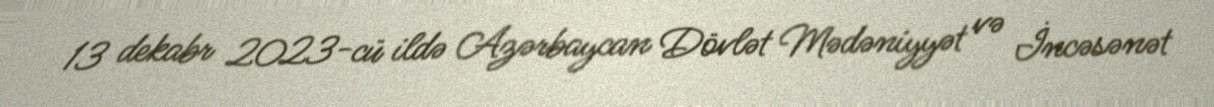
13 dekabr 2023-cü ildə Azərbaycan Dövlət Mədəniyyət və İncəsənət